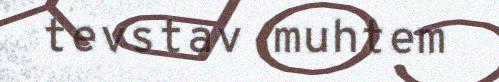
tevstav muhtem